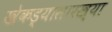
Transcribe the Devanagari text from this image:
खेकड्यासारख्या